Report on vaccination proceedings throughout the Government of Bengal -
Year: 1868
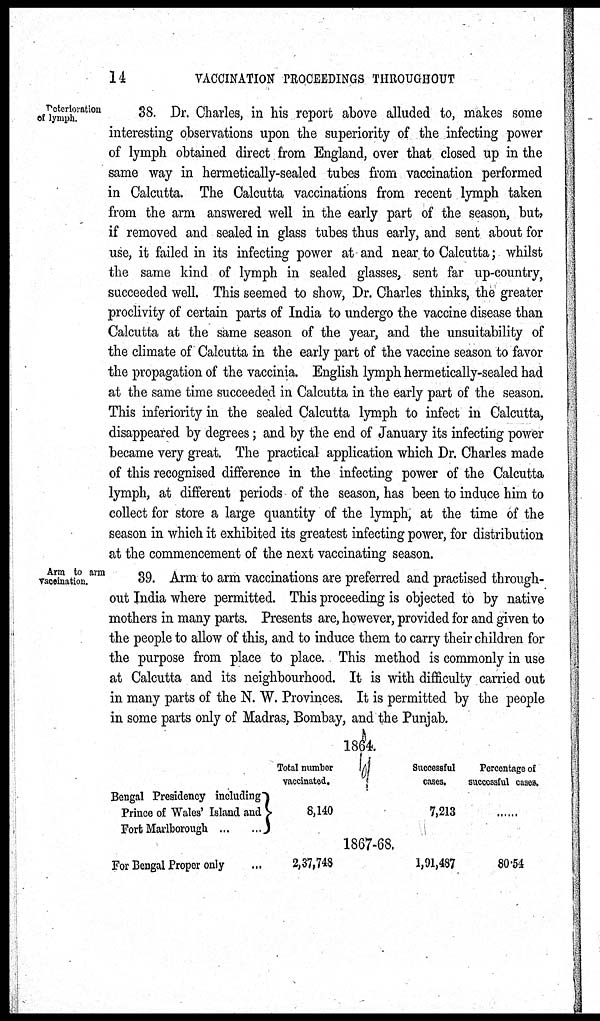
14
VACCINATION PROCEEDINGS THROUGHOUT
Deteriotation
of lymph.
38. Dr. Charles, in his report above alluded to, makes some
interesting observations upon the superiority of the infecting power
of lymph obtained direct from England, over that closed up in the
same way in hermetically-sealed tubes from vaccination performed
in Calcutta. The Calcutta vaccinations from recent lymph taken
from the arm answered well in the early part of the season, but,
if removed and sealed in glass tubes thus early, and sent about for
use, it failed in its infecting power at and near to Calcutta; whilst
the same kind of lymph in sealed glasses, sent far up-country,
succeeded well. This seemed to show, Dr. Charles thinks, the greater
proclivity of certain parts of India to undergo the vaccine disease than
Calcutta at the same season of the year, and the unsuitability of
the climate of Calcutta in the early part of the vaccine season to favor
the propagation of the vaccinia. English lymph hermetically-sealed had
at the same time succeeded in Calcutta in the early part of the season.
This inferiority in the sealed Calcutta lymph to infect in Calcutta,
disappeared by degrees; and by the end of January its infecting power
became very great. The practical application which Dr. Charles made
of this recognised difference in the infecting power of the Calcutta
lymph, at different periods of the season, has been to induce him to
collect for store a large quantity of the lymph, at the time of the
season in which it exhibited its greatest infecting power, for distribution
at the commencement of the next vaccinating season.
Arm to arm
vaccination.
39. Arm to arm vaccinations are preferred and practised through-
out India where permitted. This proceeding is objected to by native
mothers in many parts. Presents are, however, provided for and given to
the people to allow of this, and to induce them to carry their children for
the purpose from place to place. This method is commonly in use
at Calcutta and its neighbourhood. It is with difficulty carried out
in many parts of the N. W. Provinces. It is permitted by the people
in some parts only of Madras, Bombay, and the Punjab.
1864.
Bengal Presidency including
Prince of Wales' Island and
Fort Marlborough
...
...
For Bengal Proper only ...
Total number
vaccinated.
8,140
2,37,748
1867-68.
Successful
cases.
7,213
1,01,487
Percentage of
successful cases.
......
80.54